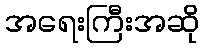
အရေးကြီးအဆို